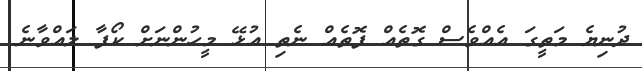
ދުނިޔެ މަތީގަ އެއްވެސް ގޮތެއް ފޮތެއް ނެތި އުޅޭ މީހުންނަށް ކޯފާ ލައްވާނެ